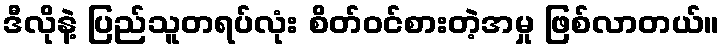
ဒီလိုနဲ့ ပြည်သူတရပ်လုံး စိတ်ဝင်စားတဲ့အမှု ဖြစ်လာတယ်။